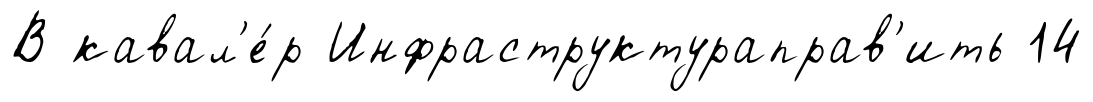
В кавал'е́р Инфраструктураправ'ить 14